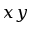
x y